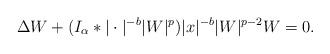
LaTeX: \begin{align*} \Delta W+(I_\alpha\ast|\cdot|^{-b}|W|^p)|x|^{-b}|W|^{p-2}W=0. \end{align*}